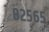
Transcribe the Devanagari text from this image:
८२५६५